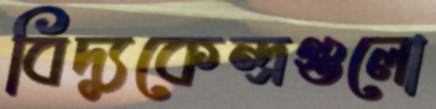
বিদ্যুকেন্দ্রগুলো